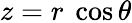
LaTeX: z=r~\cos\theta